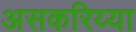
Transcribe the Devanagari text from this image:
असकरिय्या